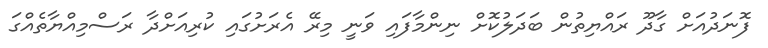
ފޮނަދުއަށް ގާދޫ ރައްޔިތުން ބަދަލުކޮށް ނިންމާފައި ވަނީ މިރޭ އެރަށުގައި ކުރިއަށްދާ ރަސްމިއްޔާތެއްގަ